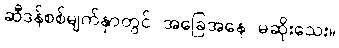
ဆီဒန်စစ်မျက်နှာတွင် အခြေအနေ မဆိုးသေး။